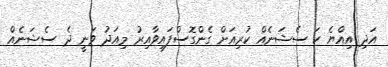
އަދި އިއްޔެ ހަ ސެޝަނެއް ކުރިއަށް ގެންގޮސްފައިވާއިރު މިއަދު ވަނީ ދެ ސެޝަނެއް